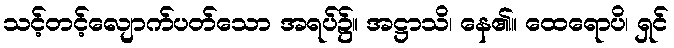
သင့်တင့်လျောက်ပတ်သော အရပ်၌။ အဋ္ဌာသိ၊ နေ၏။ ထေရောပိ၊ ရှင်